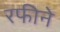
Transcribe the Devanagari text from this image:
रफीने